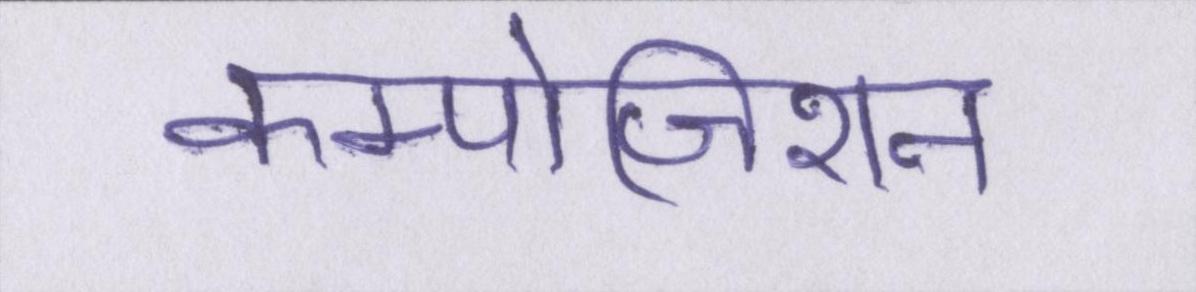
कम्पोजिशन